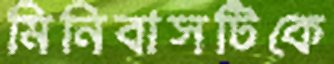
মিনিবাসটিকে